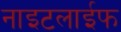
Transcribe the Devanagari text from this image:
नाइटलाईफ